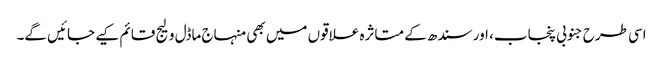
اسی طرح جنوبی پنجاب، اور سندھ کے متاثرہ علاقوں میں بھی منہاج ماڈل ولیج قائم کیے جائیں گے۔